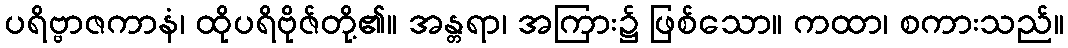
ပရိဗ္ဗာဇကာနံ၊ ထိုပရိဗိုဇ်တို့၏။ အန္တရာ၊ အကြား၌ ဖြစ်သော။ ကထာ၊ စကားသည်။